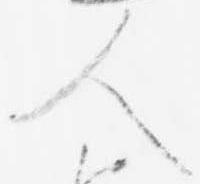
人